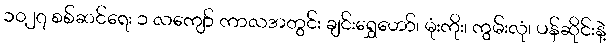
၁၀၂၇ စစ်ဆင်ရေး ၁ လကျော် ကာလအတွင်း ချင်းရွှေဟော်၊ မုံးကိုး၊ ကွမ်းလုံ၊ ပန်ဆိုင်းနဲ့